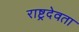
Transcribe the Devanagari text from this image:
राष्ट्रदेवता